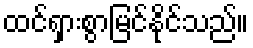
ထင်ရှားစွာမြင်နိုင်သည်။